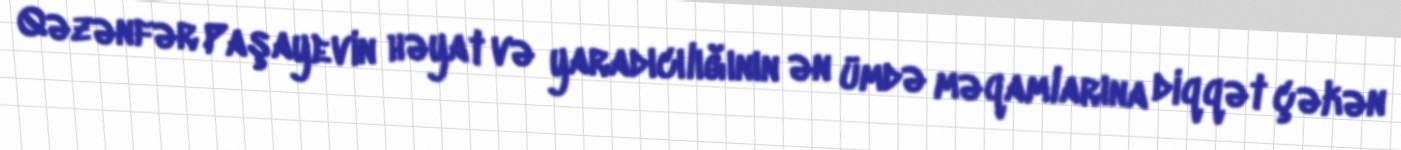
Qəzənfər Paşayevin həyat və yaradıcılığının ən ümdə məqamlarına diqqət çəkən